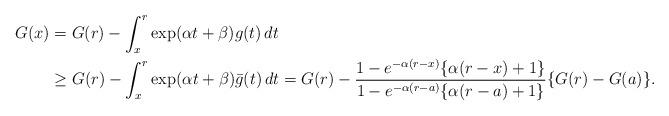
LaTeX: \begin{align*} G(x) &= G(r) - \int_x^r \exp(\alpha t + \beta) g(t) \, dt \\&\geq G(r) - \int_x^r \exp(\alpha t + \beta) \bar g(t) \, dt = G(r) - \frac{1-e^{-\alpha(r-x)}\{\alpha(r-x)+1\}}{1-e^{-\alpha(r-a)}\{\alpha(r-a)+1\}} \{G(r) - G(a)\}. \end{align*}